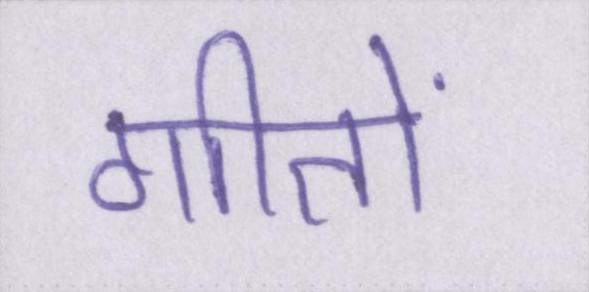
गीतों